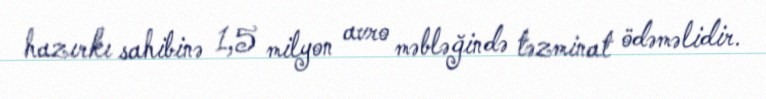
hazırkı sahibinə 1,5 milyon avro məbləğində təzminat ödəməlidir.